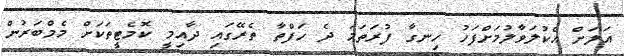
އަލަށް އެކުލަވާލުމަށްފަހު ހިނގާ ފުރަތަމަ ދެ ހަފްތާ ތެރޭގައި ދާއިމީ ކޮމެޓީތަކަށް މެމްބަރުން